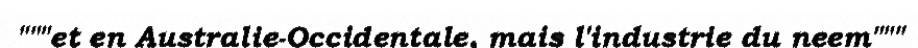
"""et en Australie-Occidentale, mais l'industrie du neem"""